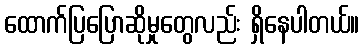
ထောက်ပြပြောဆိုမှုတွေလည်း ရှိနေပါတယ်။